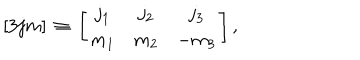
LaTeX: \left[ 3 j m \right] \, \equiv \, \left[ \begin{array} { c c c } { { j _ { 1 } } } & { { j _ { 2 } } } & { { j _ { 3 } } } \\ { { m _ { 1 } } } & { { m _ { 2 } } } & { { - m _ { 3 } } } \\ \end{array} \right] ,